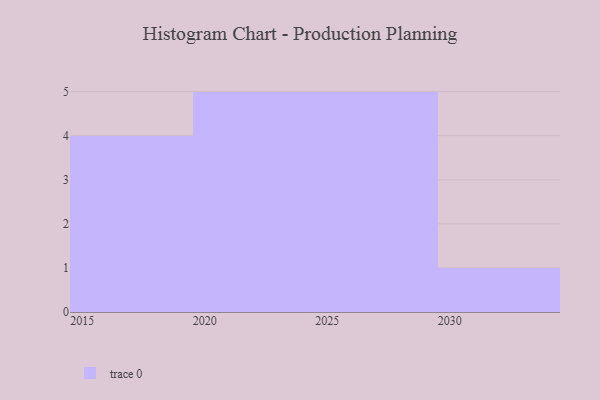
{"axis": {"x": "Year", "y": "Website Visitors"}, "legend": [""], "data": [{"x": "2017", "y": 74, "type": ""}, {"x": "2025", "y": 92, "type": ""}, {"x": "2022", "y": 12, "type": ""}, {"x": "2021", "y": 48, "type": ""}, {"x": "2030", "y": 78, "type": ""}, {"x": "2028", "y": 28, "type": ""}, {"x": "2018", "y": 26, "type": ""}, {"x": "2027", "y": 75, "type": ""}, {"x": "2016", "y": 18, "type": ""}, {"x": "2026", "y": 52, "type": ""}, {"x": "2015", "y": 71, "type": ""}, {"x": "2024", "y": 26, "type": ""}, {"x": "2029", "y": 24, "type": ""}, {"x": "2023", "y": 16, "type": ""}, {"x": "2020", "y": 99, "type": ""}]}